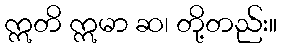
ဣတိ ဣမာ ဆ၊ တို့တည်း။